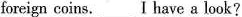
foreign coins. —————— I have a look?